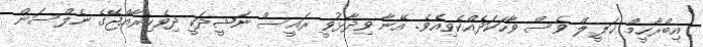
އިބްރާހީމް ޚަލީލް ވެސް ވާހަކަދެއްކެވިއެވެ. އޭނާ ވިދާޅުވީ ރައީސް ނަޝީދަކީ ދިވެހިރާއްޖޭގެ ނެލްސަން